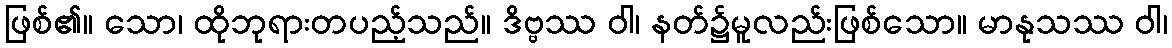
ဖြစ်၏။ သော၊ ထိုဘုရားတပည့်သည်။ ဒိဗ္ဗဿ ဝါ၊ နတ်၌မူလည်းဖြစ်သော။ မာနုသဿ ဝါ၊